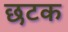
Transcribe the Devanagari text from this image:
छटक